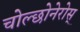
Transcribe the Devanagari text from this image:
चोल्छोनेरोस्